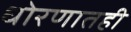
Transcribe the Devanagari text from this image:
धोरणातही